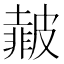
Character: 𱲆